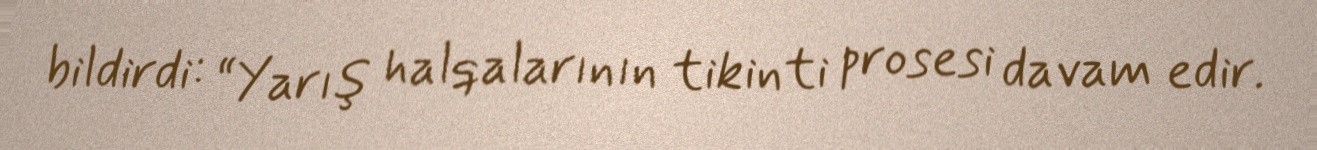
bildirdi: “Yarış halqalarının tikinti prosesi davam edir.